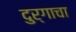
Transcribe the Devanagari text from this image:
दुर्गाचा